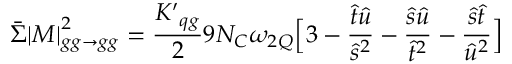
\bar { \Sigma } { | M | } _ { g g \rightarrow g g } ^ { 2 } = { \frac { { K ^ { \prime } } _ { q g } } { 2 } } 9 N _ { C } \omega _ { 2 Q } \Bigl [ 3 - { \frac { \hat { t } \hat { u } } { \hat { s } ^ { 2 } } } - { \frac { \hat { s } \hat { u } } { \hat { t } ^ { 2 } } } - { \frac { \hat { s } \hat { t } } { \hat { u } ^ { 2 } } } \Bigr ] \;